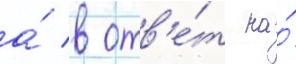
а́ в отв'е́т на́